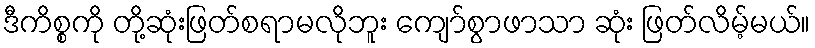
ဒီကိစ္စကို တို့ဆုံးဖြတ်စရာမလိုဘူး ကျော်စွာဖာသာ ဆုံး ဖြတ်လိမ့်မယ်။